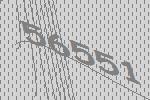
56551